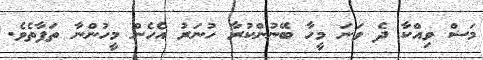
މަސް ވިއްކާ ދެ ވަނަ މީހާ ބޭނުންކުރާ ހުނަރު އެހެން މީހުންނާ ތަފާތެވެ.